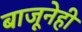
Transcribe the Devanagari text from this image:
बाजूनेही